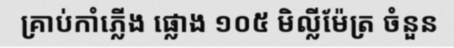
គ្រាប់កាំភ្លើង ផ្លោង ១០៥ មិល្លីម៉ែត្រ ចំនួន